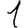
Digit: 1